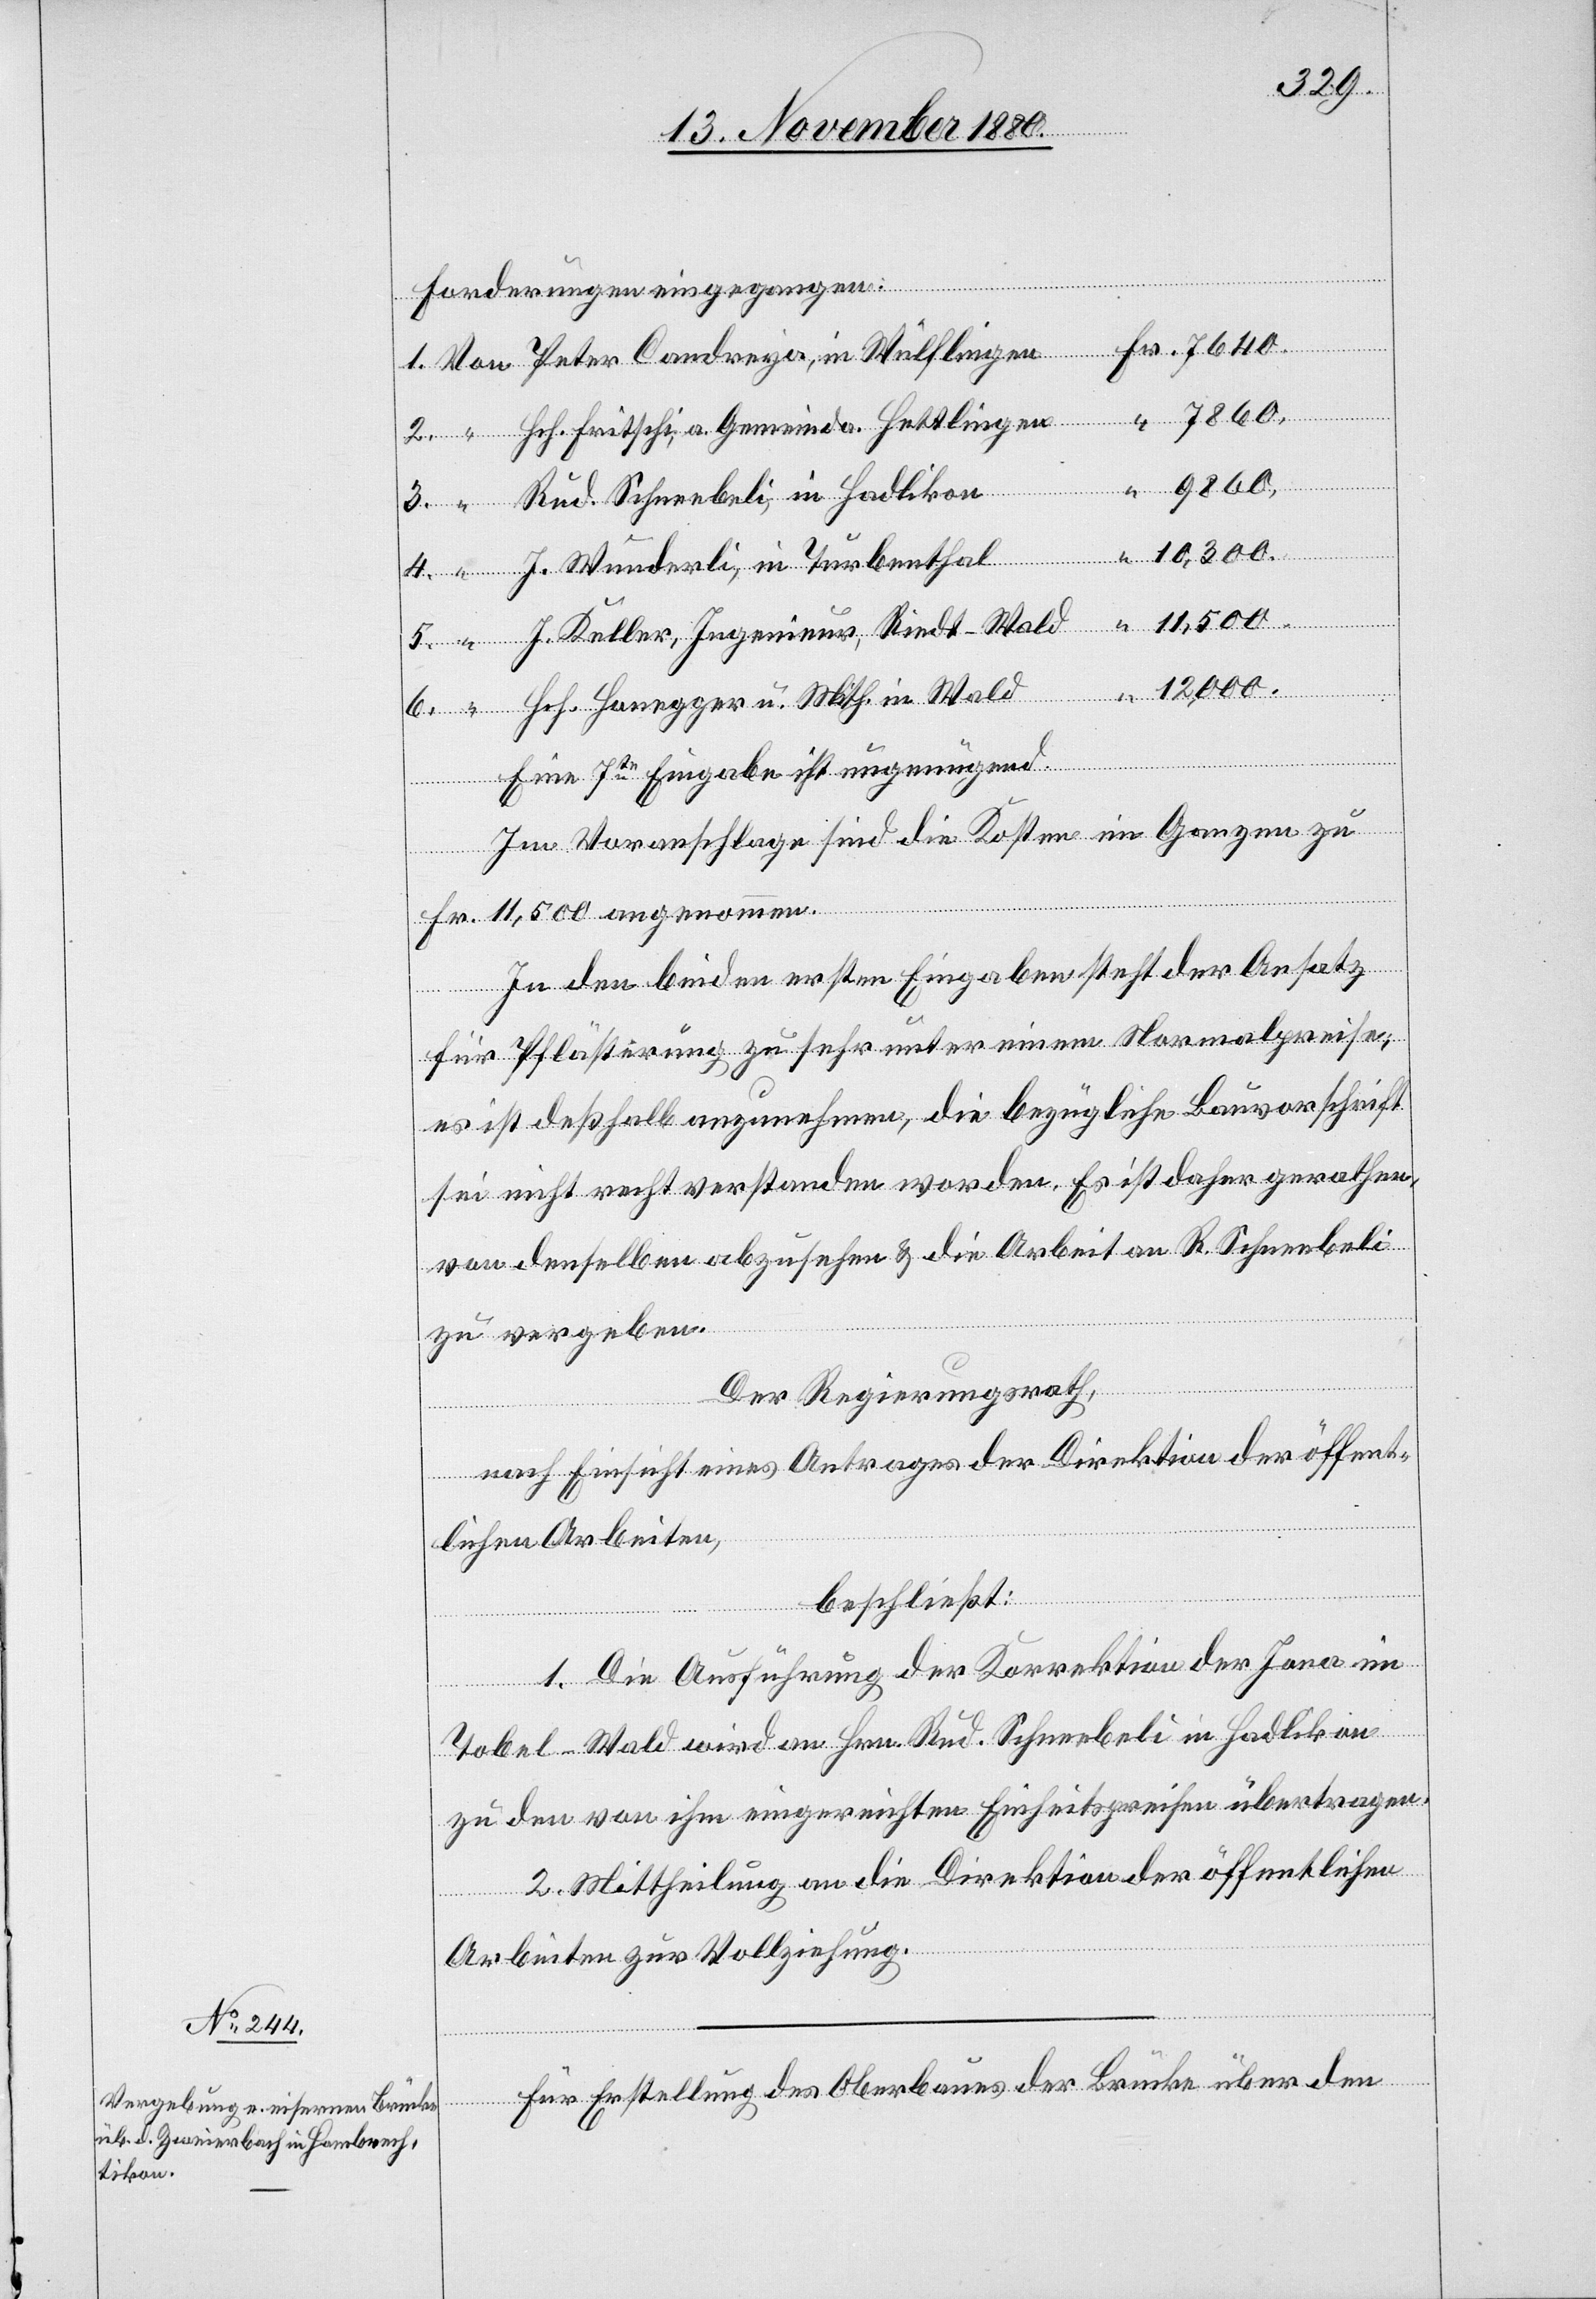
Forderungen eingegangen:
Brücke ü¬
u.
ber den
Eine 7te Eingabe ist ungenügend.
Im Voranschlage sind die Kosten im Ganzen zu
Fr. 11,500 angenommen.
“
In den beiden ersten Eingaben steht der Ansatz
für Pflästerung zu sehr unter einem Normalpreise,
es ist deßhalb anzunehmen, die bezügliche Bauvorschrift
sei nicht recht verstanden worden. Es ist daher gerathen,
von denselben abzusehen & die Arbeit an R. Schneebeli
zu vergeben.
Der Regierungsrath,
nach Einsicht eines Antrages der Direktion der öffent¬
lichen Arbeiten,
beschließt:
1. Die Ausführung der Korrektion der Jona in
Tobel - Wald wird an Hrn. Rud. Schneebeli in Hadlikon
zu den von ihm eingereichten Einheitspreisen übertragen.
2. Mittheilung an die Direktion der öffentlichen
der
Arbeiten zur Vollziehung.